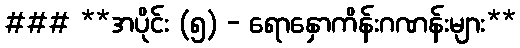
### **အပိုင်း (၅) - ရောနှောကိန်းဂဏန်းများ**